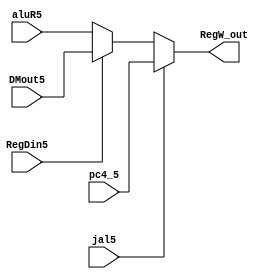
module RegFileWrite(
    RegDin5,jal5,aluR5,DMout5,pc4_5,RegW_out
  );
    input RegDin5,jal5;
    input [31:0]aluR5,DMout5,pc4_5;
    output [31:0]RegW_out;
    assign RegW_out = jal5 ? pc4_5 :
      RegDin5 ? DMout5 : aluR5;
endmodule